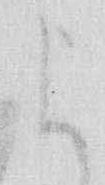
よ